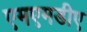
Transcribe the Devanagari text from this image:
एमएमडीए